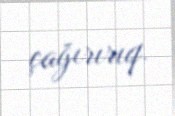
çağırırıq.